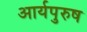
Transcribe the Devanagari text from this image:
आर्यपुरुष